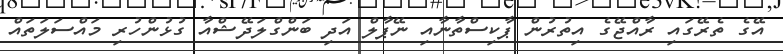
އޭގެ ތެރޭގައި ރާއްޖޭގެ އިތުރުން ޕާކިސްތާނާއި ނޭޕާލް އަދި ބަންގްލަދޭޝްއާ ގުޅުންހުރި މައްސަލަތައް